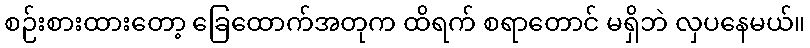
စဉ်းစားထားတော့ ခြေထောက်အတုက ထိရက် စရာတောင် မရှိဘဲ လှပနေမယ်။